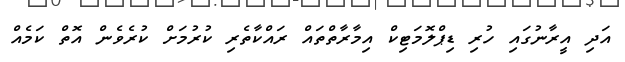
އަދި އީރާނުގައި ހުރި ޑިޕްލޮމަޓިކް އިމާރާތްތައް ރައްކާތެރި ކުރުމަށް ކުރެވެން އޮތް ކަމެއް